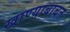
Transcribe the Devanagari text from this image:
खाण्याबाबत